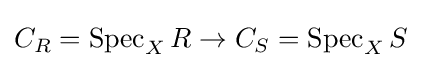
C_{R}=\operatorname {Spec} _{X}R\to C_{S}=\operatorname {Spec} _{X}S